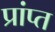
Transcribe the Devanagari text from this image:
प्रांप्त